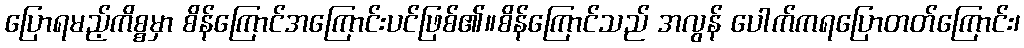
ပြောရမည့်ကိစ္စမှာ စိန်ကြောင်အကြောင်းပင်ဖြစ်၏။စိန်ကြောင်သည် အလွန် ပေါက်ကရပြောတတ်ကြောင်း၊